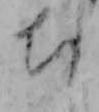
ち